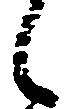
候